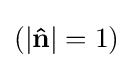
(|\mathbf {\hat {n}} |=1)